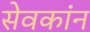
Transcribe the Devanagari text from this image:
सेवकांन